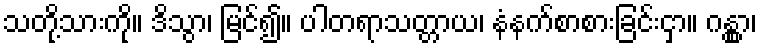
သတို့သားကို။ ဒိသွာ၊ မြင်၍။ ပါတရာသတ္တာယ၊ နံနက်စာစားခြင်းငှာ။ ဂန္တွာ၊